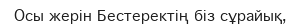
Осы жерін Бестеректің біз сұрайық,